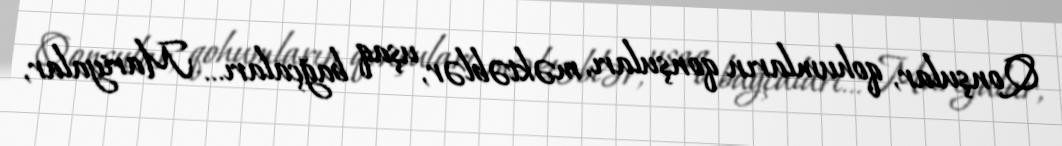
Qonşular, qohumların qonşuları, məktəblər, uşaq bağçaları... Mariyalar,